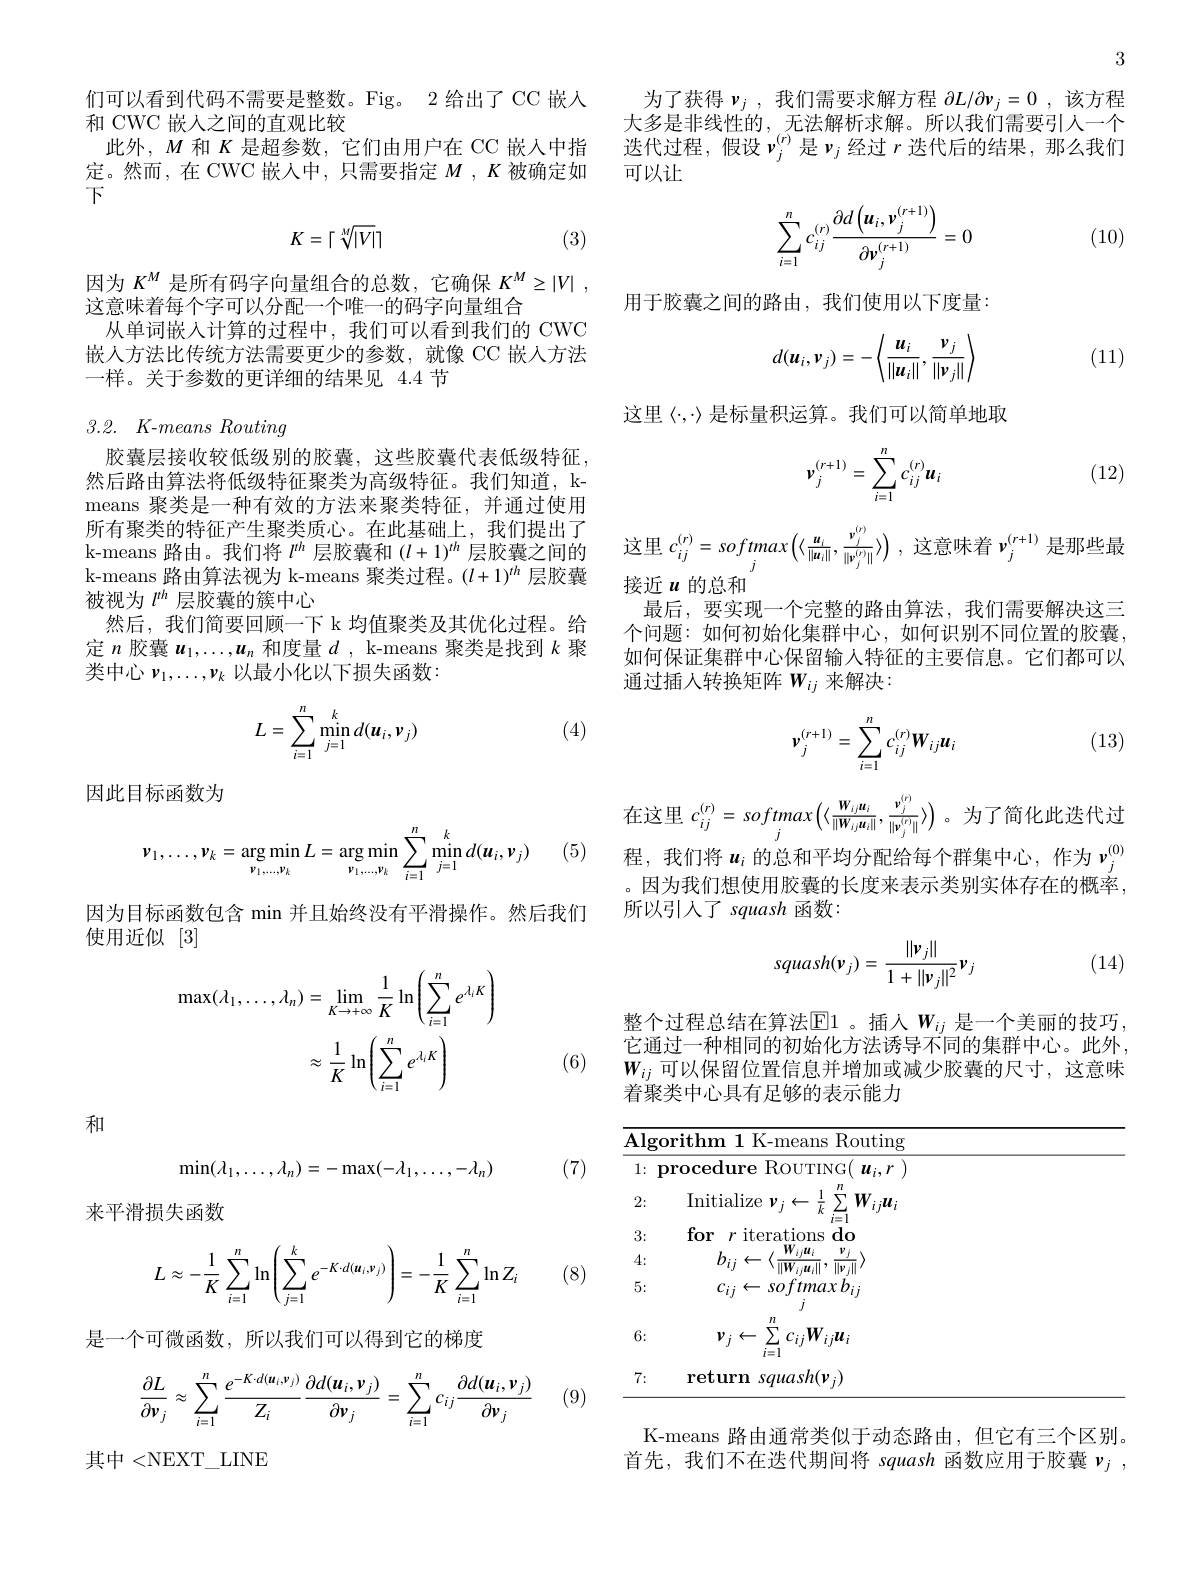
们可以看到代码不需要是整数。Fig。2 给出了 CC 嵌入
和 CWC 嵌人之间的直观比较
此外，$M$和$K$是超参数，它们由用户在 CC 嵌人中指定。然而，在 CWC 嵌入中，只需要指定$M,K$被确定如下
$$K=\lceil\sqrt[M]{|V|}\rceil $$
(3)

因为$K^M$是所有码字向量组合的总数，它确保$K^M\geq | V|$ ,
这意味着每个字可以分配一个唯一的码字向量组合
从单词嵌入计算的过程中，我们可以看到我们的 CWC 嵌人方法比传统方法需要更少的参数，就像 CC 嵌入方法一样。关于参数的更详细的结果见 4.4 节

## 3.2. $K$-means Routing

胶囊层接收较低级别的胶囊，这些胶囊代表低级特征， 然后路由算法将低级特征聚类为高级特征。我们知道，kmeans 聚类是一种有效的方法来聚类特征，并通过使用所有聚类的特征产生聚类质心。在此基础上，我们提出了k-means 路由。我们将$l^{th}$层胶囊和$(l+1)^{th}$层胶囊之间的k-means 路由算法视为 k-means 聚类过程。$(l+1)^{th}$层胶囊被视为$l^{th}$层胶囊的簇中心
然后，我们简要回顾一下 k 均值聚类及其优化过程。给定$n$胶囊$u_1,\ldots,u_n$和度量$d$, k-means 聚类是找到$k$聚类中心$\nu_1,\ldots,\nu_k$以最小化以下损失函数：

(4)
$$L=\sum\limits_{i=1}^n\min\limits_{j=1}^kd(\boldsymbol{u}_i,\boldsymbol{v}_j)$$
$j)$

因此目标函数为

(5)
$$\boldsymbol{v}_1,\ldots,\boldsymbol{v}_k=\arg\min_{\boldsymbol{v}_1,\ldots,\boldsymbol{v}_k}L=\arg\min_{\boldsymbol{v}_1,\ldots,\boldsymbol{v}_k}\sum_{i=1}^n\min_{j=1}^kd(\boldsymbol{u}_i,\boldsymbol{v}_j)$$
因为目标函数包含 min 并且始终没有平滑操作。然后我们
使用近似[3]
$$\begin{aligned}\max(\lambda_{1},\ldots,\lambda_{n})&=\lim_{K\to+\infty}\frac{1}{K}\ln\left(\sum_{i=1}^{n}e^{\lambda_{i}K}\right)\\&\approx\frac{1}{K}\ln\left(\sum_{i=1}^{n}e^{\lambda_{i}K}\right)\end{aligned}$$
(6)

和
$$\min(\lambda_1,\dots,\lambda_n)=-\max(-\lambda_1,\dots,-\lambda_n)$$
(7)

来平滑损失函数
$$L\approx-\frac{1}{K}\sum_{i=1}^{n}\ln\left(\sum_{j=1}^{k}e^{-K\cdot d(\boldsymbol{u}_{i},\boldsymbol{v}_{j})}\right)=-\frac{1}{K}\sum_{i=1}^{n}\ln Z_{i}$$
(8)

是一个可微函数，所以我们可以得到它的梯度
$$\begin{aligned}\frac{\partial L}{\partial\boldsymbol{v}_j}\approx\sum_{i=1}^n\frac{e^{-K\cdot d(\boldsymbol{u}_i,\boldsymbol{v}_j)}}{Z_i}\frac{\partial d(\boldsymbol{u}_i,\boldsymbol{v}_j)}{\partial\boldsymbol{v}_j}=\sum_{i=1}^nc_{ij}\frac{\partial d(\boldsymbol{u}_i,\boldsymbol{v}_j)}{\partial\boldsymbol{v}_j}\end{aligned}$$
(9)

其中<NEXT$\_$LINE

3

为了获得$\boldsymbol{\nu }_j$ ,我们需要求解方程$\partial L/ \partial \boldsymbol{\nu }_j= 0$ ,该方程大多是非线性的，无法解析求解。所以我们需要引人一个迭代过程，假设$\nu_j^{(r)}$是$\nu_j$经过$r$迭代后的结果，那么我们可以让
$$\sum_{i=1}^nc_{ij}^{(r)}\frac{\partial d\left(\boldsymbol{u}_i,\boldsymbol{v}_j^{(r+1)}\right)}{\partial\boldsymbol{v}_j^{(r+1)}}=0$$
(10)

用于胶囊之间的路由，我们使用以下度量：

(11)
$$d(\boldsymbol{u}_i,\boldsymbol{v}_j)=-\left\langle\frac{\boldsymbol{u}_i}{\|\boldsymbol{u}_i\|},\frac{\boldsymbol{v}_j}{\|\boldsymbol{v}_j\|}\right\rangle $$
这里$\langle\cdot,\cdot\rangle$是标量积运算。我们可以简单地取

(12)
$$v_j^{(r+1)}=\sum_{i=1}^nc_{ij}^{(r)}\boldsymbol{u}_i$$
这里$c_ij^{(r)}=softmax\left(\langle\frac{u_{i}}{\|u_{i}\|},\frac{v_{j}^{(r)}}{\|v_{j}^{(r)}\|}\rangle\right)$,这意味着$\nu_j^{(r+1)}$是那些最
接近$u$的总和
最后，要实现一个完整的路由算法，我们需要解决这三个问题：如何初始化集群中心，如何识别不同位置的胶囊， 如何保证集群中心保留输入特征的主要信息。它们都可以通过插人转换矩阵$w_{ij}$来解决：

(13)
$$v_j^{(r+1)}=\sum_{i=1}^nc_{ij}^{(r)}\boldsymbol{W}_{ij}\boldsymbol{u}_i$$
在这里$c_ij^{(r)}=softmax\left(\langle\frac{\boldsymbol{W}_{ij}\boldsymbol{u}_i}{\|\boldsymbol{W}_{ij}\boldsymbol{u}_i\|},\frac{\boldsymbol{v}_j^{(r)}}{\|\boldsymbol{v}_j^{(r)}\|}\rangle\right)$。为了简化此迭代过程，我们将$u_i$ 的总和平均分配给每个群集中心，作为$v_j^{(0)}$ 。因为我们想使用胶囊的长度来表示类别实体存在的概率， 所以引人了 squash 函数：
$$squash(v_j)=\frac{\|v_j\|}{1+\|v_j\|^2}v_j$$
(14)

整个过程总结在算法$\mathbb{E}1$ 。插人 $W_{ij}$ 是一个美丽的技巧， 它通过一种相同的初始化方法诱导不同的集群中心。此外， $W_{ij}$可以保留位置信息并增加或减少胶囊的尺寸，这意味着聚类中心具有足够的表示能力

$\overline{\text{Algorithm 1 K-means Routing}}$ $1: \textbf{procedure RouTING}( \boldsymbol{u}_i, r)$ 2:
Initialize $\nu_j\leftarrow\frac{1}{k}\sum_{i=1}^{n}W_{ij}u_i$
3:
for $r$ iterations do
4:
$b_{ij}\leftarrow\langle\frac{W_{ij}u_{i}}{\|W_{ij}u_{i}\|},\frac{v_{j}}{\|v_{j}\|}\rangle$
5:
$c_{ij}\leftarrow softmax$ $b_{ij}$
6:
$\nu_{j}\leftarrow\sum_{i=1}^{n}c_{ij}W_{ij}\boldsymbol{u}_{i}$
7:
return squash(v)

K-means 路由通常类似于动态路由，但它有三个区别。首先，我们不在迭代期间将 squash 函数应用于胶囊$\nu _j$ ,